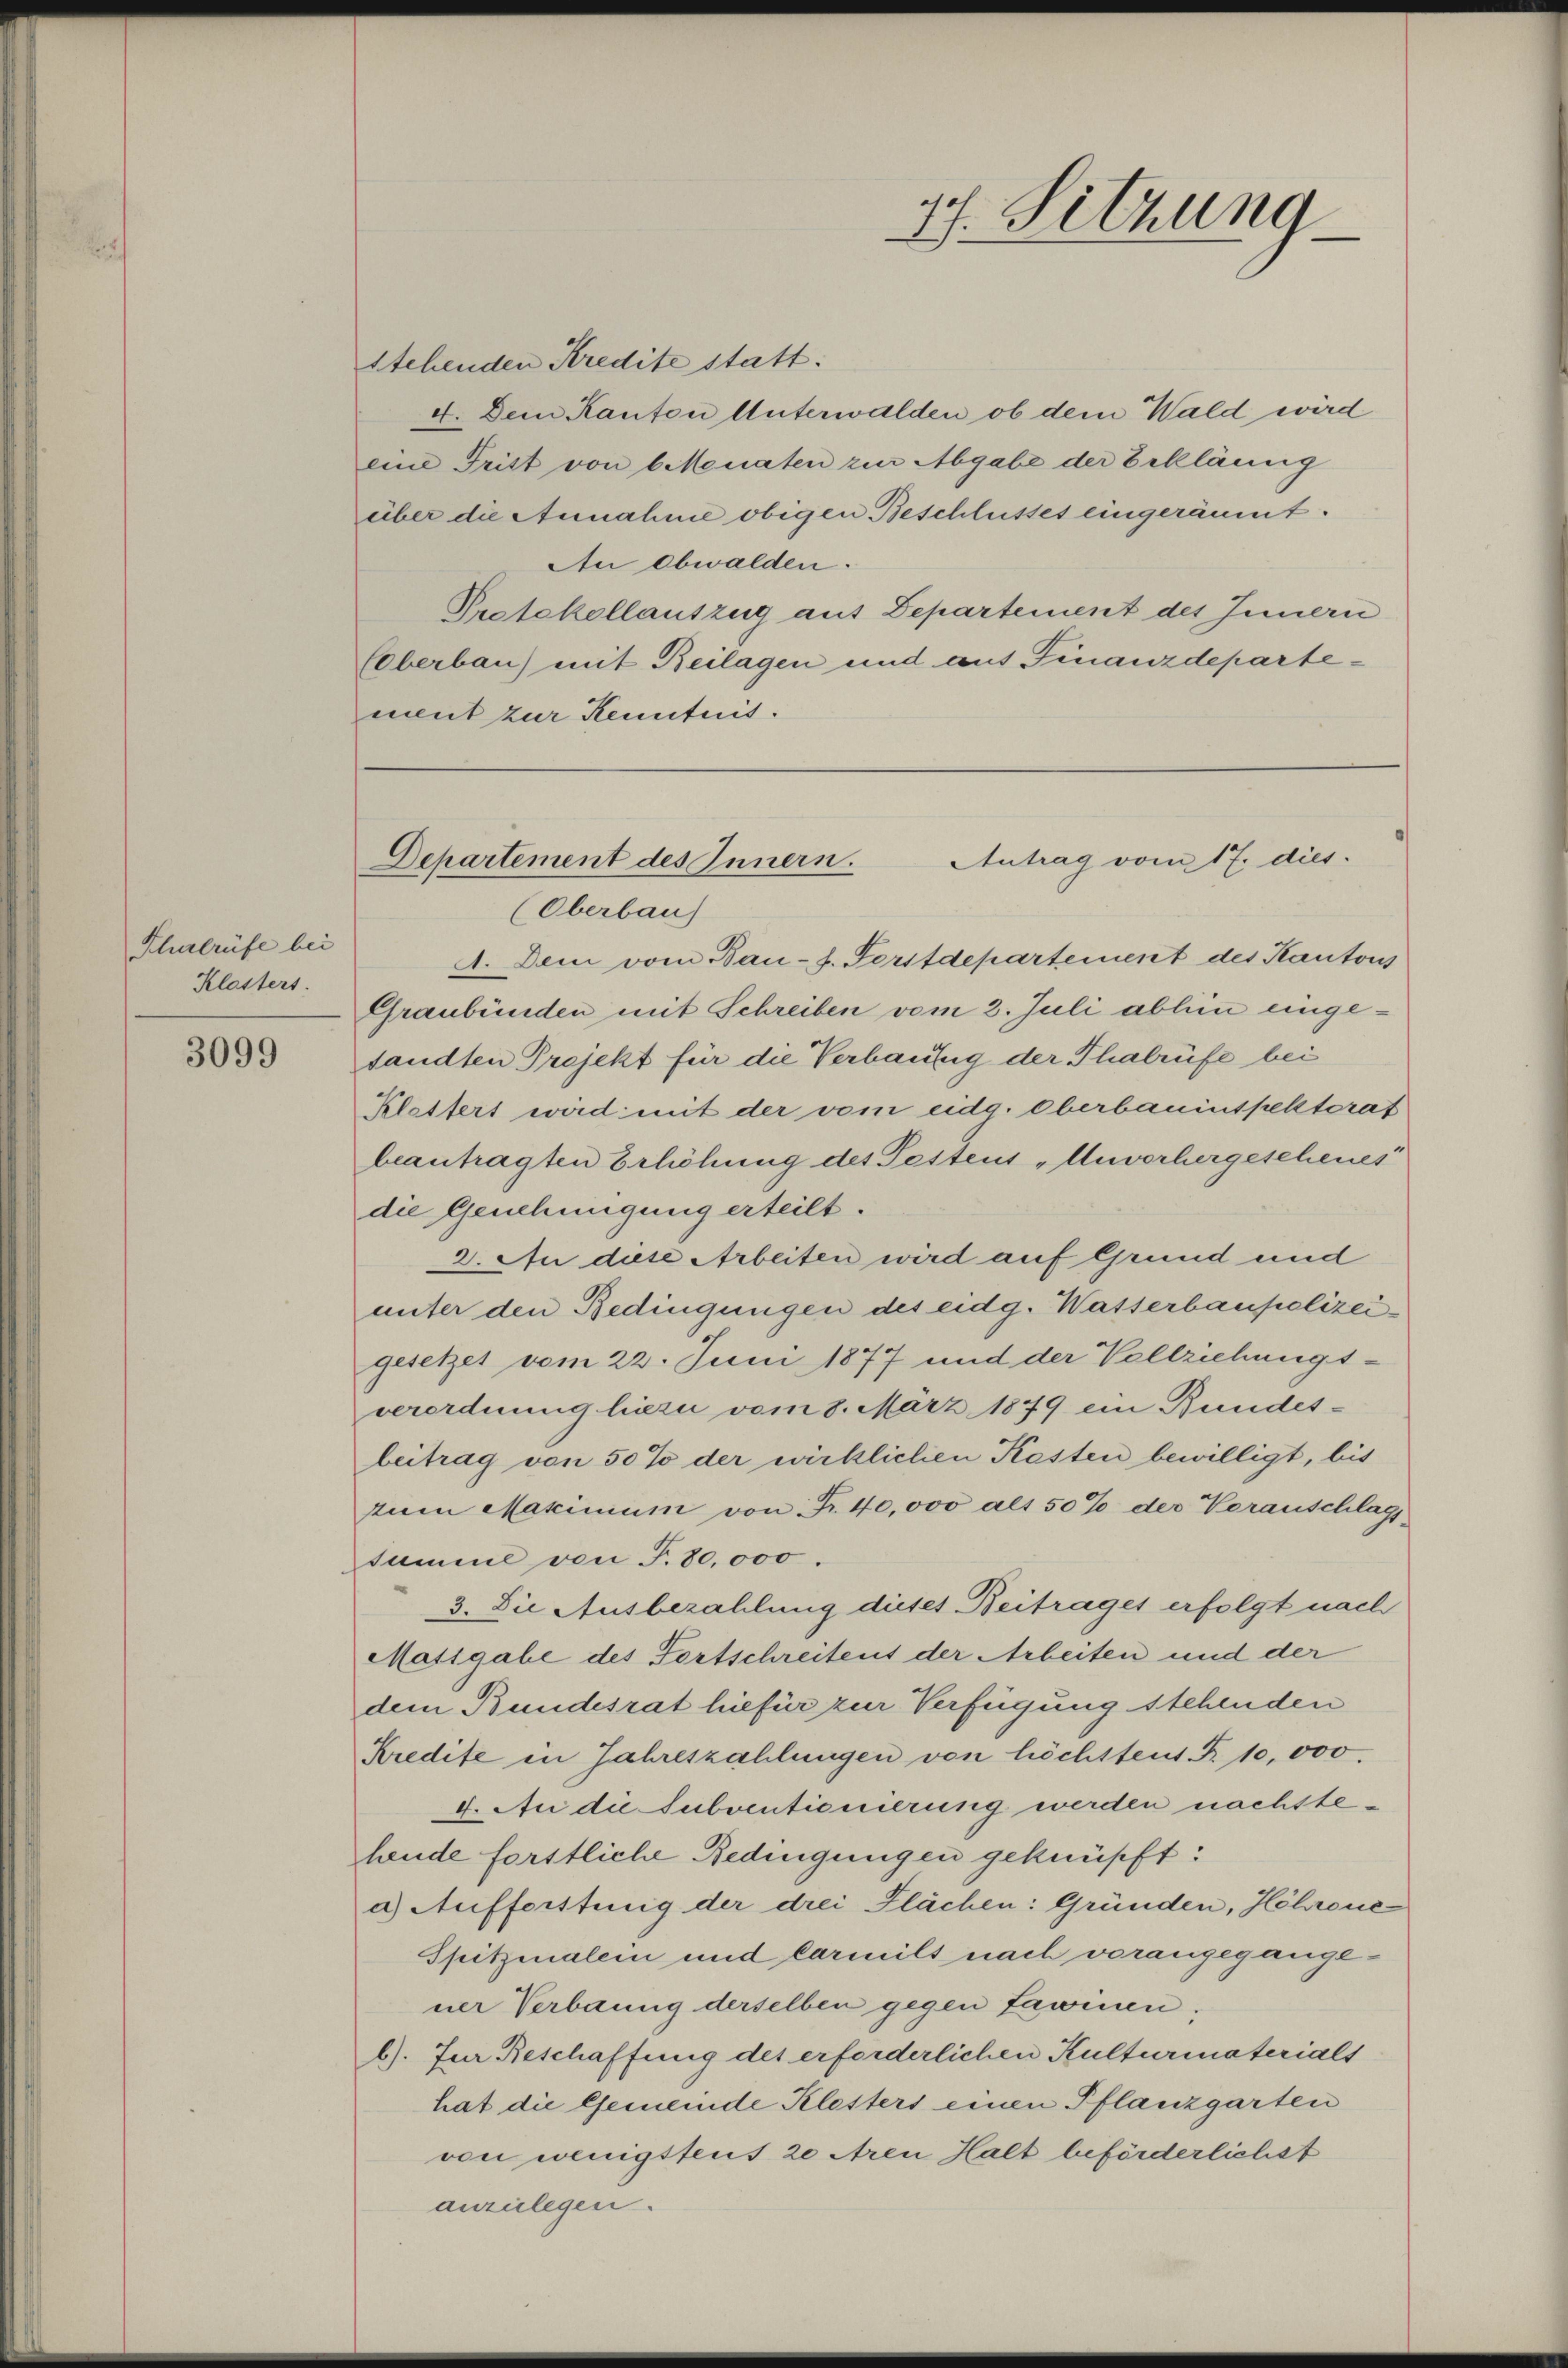
Pherrüfe bei
Klasters.

3099

stehenden Kredite statt.
4. Dem Kanton Unterwalden ob dem Wald wird
eine Tritt von 6 Monaten zur Abgabe der Eckläug
über die Annahme obigen Beschlusses eingeräumt.
An obwalden.
Protokollauszug aus Departement des Innern
Elberbau) mit Beilagen und aus Finanzdepartement zur Kenntnis.

A. Dem vom Bau- s. Forstdepartement des Kantons
Graubünden mit Schreiben vom 2. Juli abhin eingesandten Projekt für die Verbaufig der Thalrüfe bei
Klettert wird mit der vom eidg. Oberbauinspektorat
beantragten Erhöhung des Testens „Anvorhergescheues
die Genehmigung erteilt.
2. An diese Arbeiten wird auf Grund und
unter den Bedingungen des eidg. Watterbaupolizeigesetzet vom 22. Juni 1877 und der Vollziehungs-
verordnung hieri vom 8. März 1879 ein Bundes-
beitrag von 50% der wirklichen Kasten bewilligt, bis
zum Maximum von Fr. 40,000 als 50% der Vorauschlags-
summe von T. 80,000.
3. Die Ausbezahlung dieses Beitrages erfolgt nach
Matsgabe des Fortschreitens der Arbeiten und der
dem Bundesrat hiefür zur Verfügung stehenden
Kredite in Jahreszahlungen von höchstent. B. 10,000.
4. An die Subventionierung werden nächstehende forstliche Bedingungen geknüpft:
a) Aufforstung der drei Flächen: Gründen, Höhrone
Spitzinalein und Carmilt nach vorangegange-
ner Verbaung derselben gegen Lawinen,
l). Zur Beschaffung des erforderlichen Kulturmaterials
hat die Gemeinde Klesters einen Pflanzgarten
von wenigstens 20 Aren Halt beförderlichst
anzulegen.

17. Sitzung

Antrag vom 17. dies
Departement des Innern.
(Oberbaus